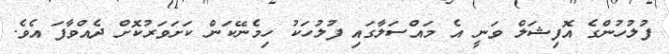
ފުލުހުންގެ އޮފިޝަލް ވަނީ އެ މައްސަލާގައި ފުލުހަކު ހިމެނޭކަން ކަށަވަރުކޮށް ދެއްވާފަ އެވެ.